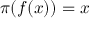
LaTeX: \pi ( f ( x ) ) = x